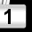
Digit: 1